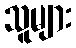
သူများ